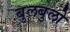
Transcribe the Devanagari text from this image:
बुलबुलो